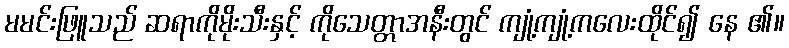
မမင်းဖြူသည် ဆရာကိုမိုးသီးနှင့် ကိုသေတ္တာအနီးတွင် ကျုံ့ကျုံ့ကလေးထိုင်၍ နေ ၏။